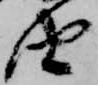
由